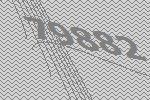
79882